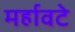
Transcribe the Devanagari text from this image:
मर्हावटे